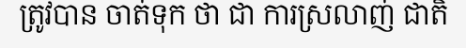
ត្រូវបាន ចាត់ទុក ថា ជា ការស្រលាញ់ ជាតិ